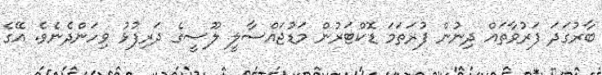
ބާރުގަދަ ފަރުވާތައް ދިނުން ފުރަތަމަ ޑޮކްޓަރުން މަޑުޖައްސާލީ ލޫސީގެ ދަރިފުޅު ވިހަންދެނެވެ. އޭގެ